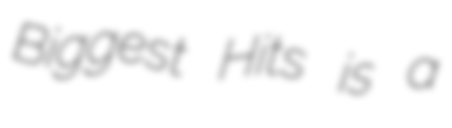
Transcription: Biggest Hits is a